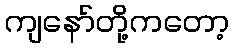
ကျနော်တို့ကတော့